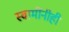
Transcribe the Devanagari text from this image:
स्वामींनीही